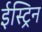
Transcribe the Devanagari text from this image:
ईस्ट्रिन